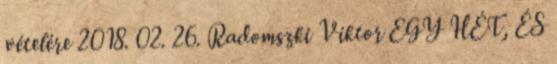
vételére 2018. 02. 26. Radomszki Viktor EGY HÉT, ÉS